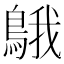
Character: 䳘